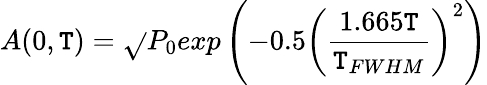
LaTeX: A(0,\mathtt{T})=\sqrt{}{{P_{0}}}exp⁡\left(-0.5\left(\frac{{1.665\mathtt{T}}}{{\mathtt{T}_{FWHM}}}\right)^{2}\right)